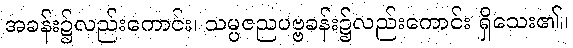
အခန်း၌လည်းကောင်း၊ သမ္ပဇညပဗ္ဗခန်း၌လည်းကောင်း ရှိသေး၏။